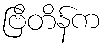
ဗြိတိန်က